Leaving Certificate Examination, 1925
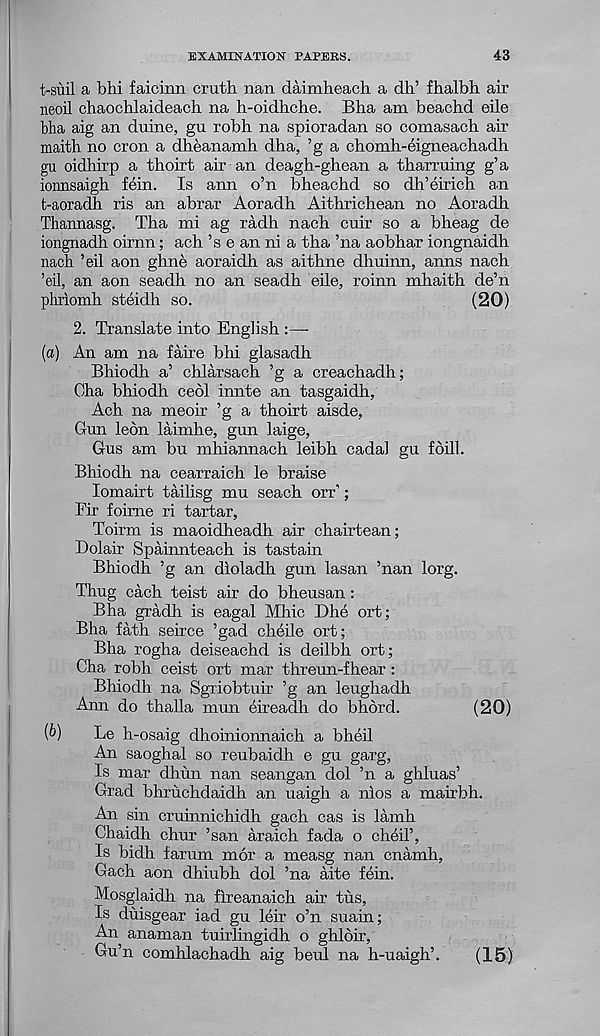
EXAMINATION PAPERS.
43
t-suil a bhi faicinn cruth nan daimheach a dh’ fhalbh air
neoil chaochlaideach na h-oidhche. Bha am beachd eile
bha aig an duine, gu robh na spioradan so comasach air
maith no cron a dheanamh dha, ’g a chomh-eigneachadh
gu oidhirp a thoirt air an deagh-ghean a tharruing g’a
ioimsaigh fein. Is ann o’n bheachd so dh’eirich an
t-aoradh ris an abrar Aoradh Aithrichean no Aoradh
Thannasg. Tha mi ag radii nach cuir so a bheag de
iongnadh oirnn; ach’s e an ni a tha ’na aobhar iongnaidh
nach ’eil aon ghne aoraidh as aithne dhuinn, anns nach
’eil, an aon seadh no an seadh eile, roinn mhaith de’n
philomh steidh so.
(20)
2. Translate into English :—-
[a) An am na faire bhi glasadh
Bhiodh a’ chlarsach ’g a creachadh;
Cha bhiodh ceol innte an tasgaidh,
Ach na meoir ’g a thoirt aisde,
Gun ledn laimhe, gun laige,
Gus am bu mhiannach leibh cadal gu foil!.
Bhiodh na cearraich le braise
lomairt tailisg mu seach orr’;
Fir foime ri tartar,
Toirm is maoidheadh air chairtean;
Dolair Spainnteach is tastain
Bhiodh ’g an dioladh gun lasan ’nan lorg.
Thug each teist air do bheusan :
Bha gradh is eagal Mhic Dhe ort;
Bha fath seirce ’gad cheile ort;
Bha rogha deiseachd is deilbh ort;
Cha robh ceist ort mar threun-fhear :
Bhiodh na Sgriobtuir ’g an leughadh
Ann do thalla mun eireadh do bhord.
(20)
(b)
Le h-osaig dhoinionnaich a bheil
An saoghal so reubaidh e gu garg,
Is mar dhun nan seangan dol ’n a ghluas’
Grad bhruchdaidh an uaigh a nios a mairbh.
An sin cruinnichidh gach cas is lamh
Chaidh chur ’san araich fada o cheil’,
Is bidh larum mor a measg nan cnamh,
Gach aon dhiubh dol ’na aite fein.
Mosglaidh na fireanaich air tus,
Is duisgear iad gu leir o’n suain;
An anaman tuirlingidh o ghloir,
Gu’n comhlachadh aig beul na h-uaigh’.
(15)